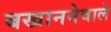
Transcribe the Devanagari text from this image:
बखाननेवाले